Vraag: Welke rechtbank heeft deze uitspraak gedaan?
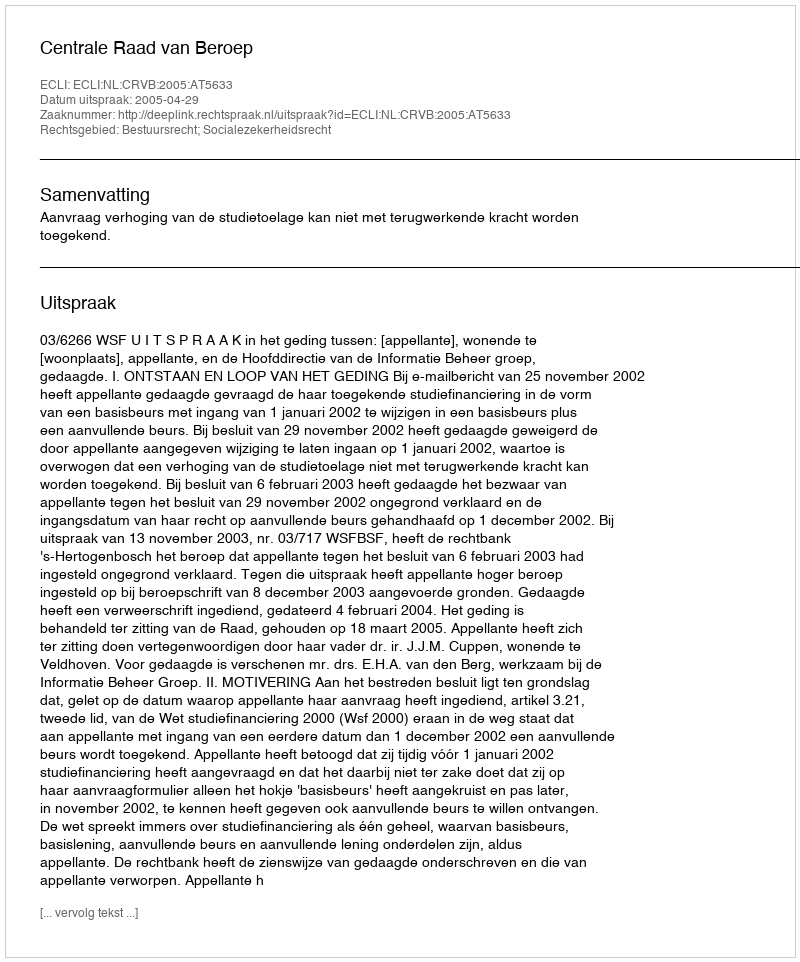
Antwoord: Centrale Raad van Beroep